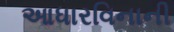
આધારવિનાની